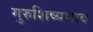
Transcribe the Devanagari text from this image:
गुरुशिष्यभाव